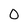
Character: 0